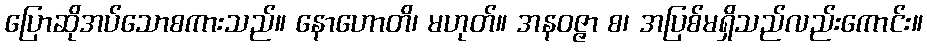
ပြောဆိုအပ်သောစကားသည်။ နောဟောတိ၊ မဟုတ်။ အနဝဇ္ဇာ စ၊ အပြစ်မရှိသည်လည်းကောင်း။